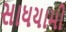
સાધયામી